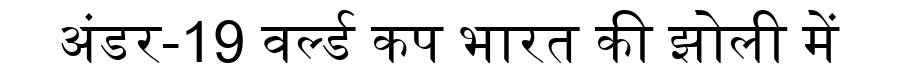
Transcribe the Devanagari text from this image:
अंडर-19 वर्ल्ड कप भारत की झोली में